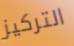
التركيز